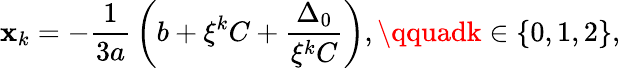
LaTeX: \mathbf{x}_{k}=-{\frac{{1}}{{3a}}}\left(b+\xi^{k}C+{\frac{{\Delta_{0}}}{{\xi^{k}C}}}\right),\qquadk\in\{ 0,1,2\} {\mathrm{{,}}}